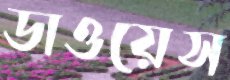
ডাওয়েস